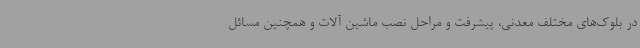
در بلوک‌های مختلف معدنی، پیشرفت و مراحل نصب ماشین آلات و همچنین مسائل